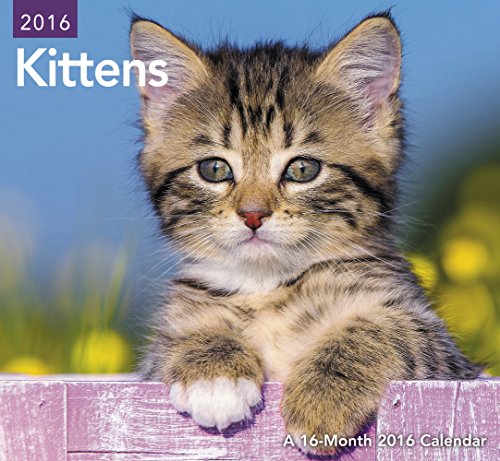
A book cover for Kittens Mini Wall Calendar (2016); Day Dream; Calendars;